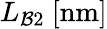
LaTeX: L_{\mathcal{B}2}~[\mathrm{nm}]